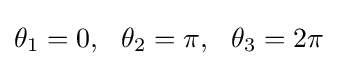
\theta _{1}=0,\ \ \theta _{2}=\pi ,\ \ \theta _{3}=2\pi